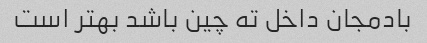
بادمجان داخل ته چین باشد بهتر است